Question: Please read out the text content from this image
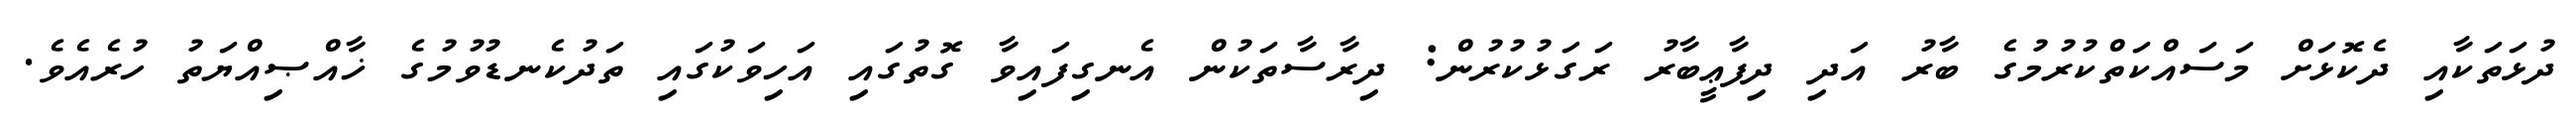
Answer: ދުޅަތަކާއި ދެކޮޅަށް މަސައްކަތްކުރުމުގެ ބާރު އަދި ދިފާޢީބާރު ރަގަޅުކުރުން: ދިރާސާތަކުން އެނގިފައިވާ ގޮތުގައި އަހިވަކުގައި ތަދުކެނޑުވުމުގެ ޚާއްޞިއްޔަތު ހުރެއެވެ.